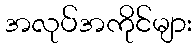
အလုပ်အကိုင်များ